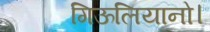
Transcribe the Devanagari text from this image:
गिऊलियानो।